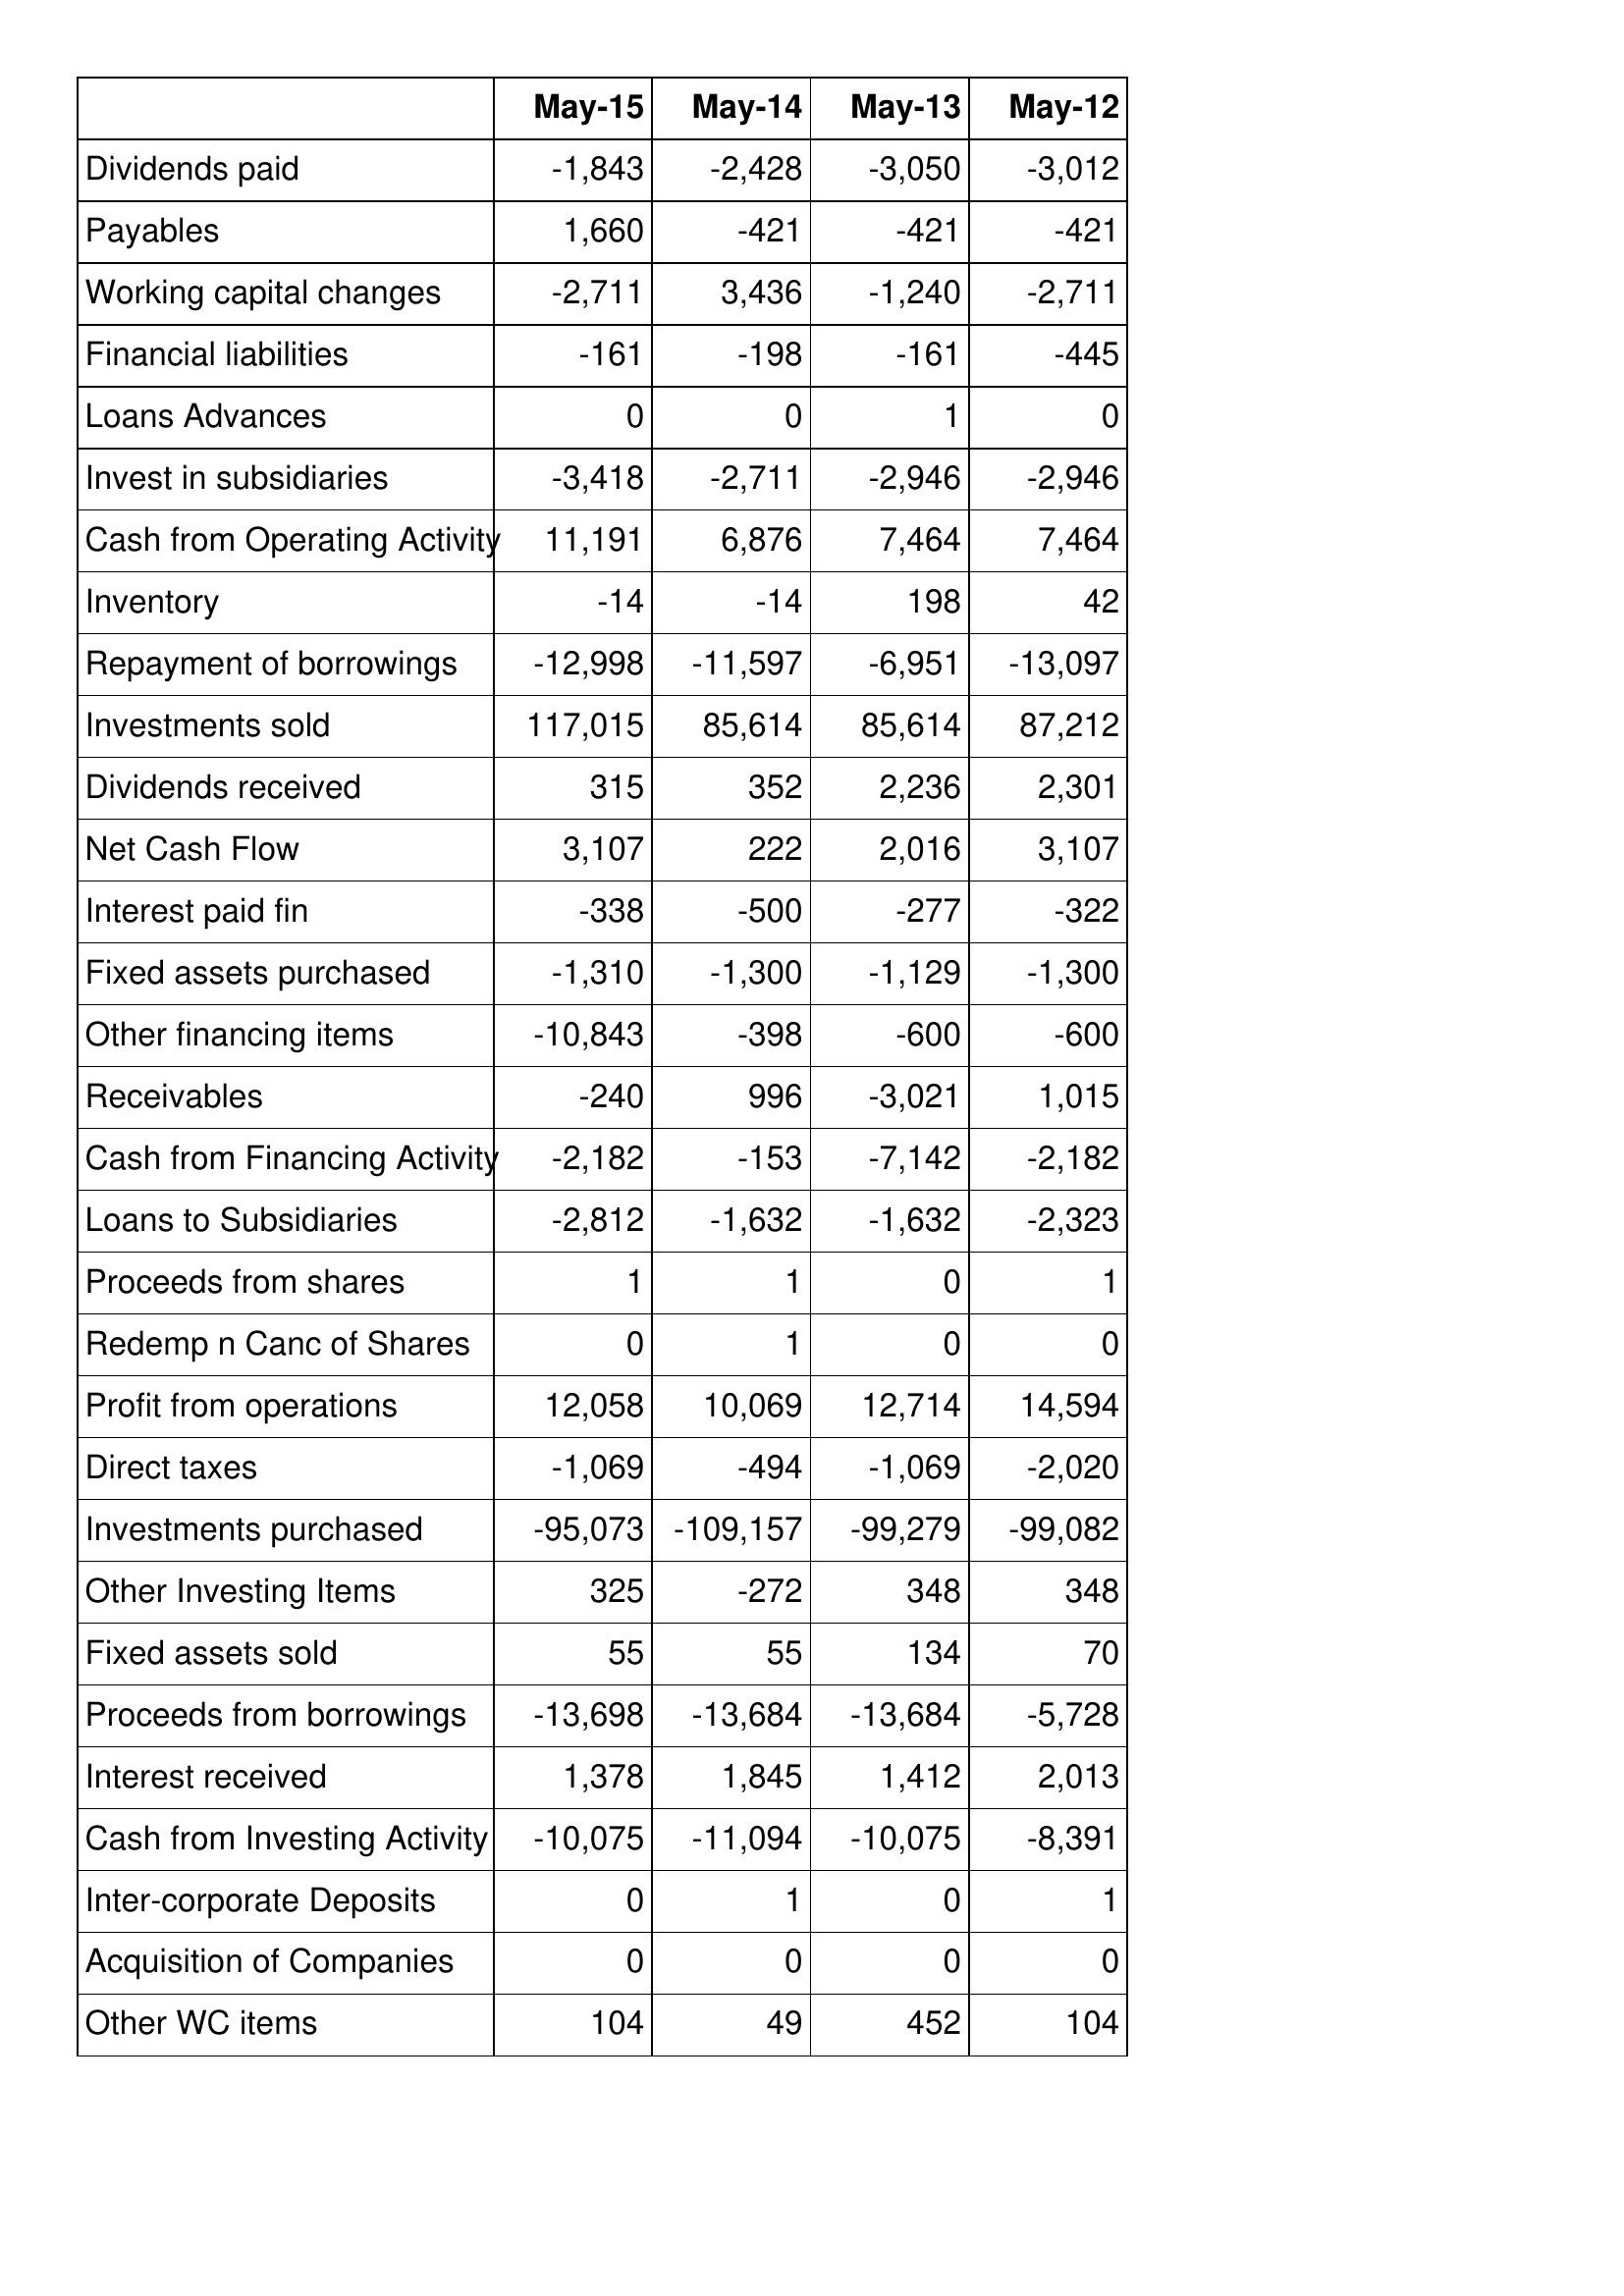
May-15: Cash Flows: Dividends paid: -1,843
Payables: 1,660
Working capital changes: -2,711
Financial liabilities: -161
Loans Advances: 0
Invest in subsidiaries: -3,418
Cash from Operating Activity: 11,191
Inventory: -14
Repayment of borrowings: -12,998
Investments sold: 117,015
Dividends received: 315
Net Cash Flow: 3,107
Interest paid fin: -338
Fixed assets purchased: -1,310
Other financing items: -10,843
Receivables: -240
Cash from Financing Activity: -2,182
Loans to Subsidiaries: -2,812
Proceeds from shares: 1
Redemp n Canc of Shares: 0
Profit from operations: 12,058
Direct taxes: -1,069
Investments purchased: -95,073
Other Investing Items: 325
Fixed assets sold: 55
Proceeds from borrowings: -13,698
Interest received: 1,378
Cash from Investing Activity: -10,075
Inter-corporate Deposits: 0
Acquisition of Companies: 0
Other WC items: 104
May-14: Cash Flows: Dividends paid: -2,428
Payables: -421
Working capital changes: 3,436
Financial liabilities: -198
Loans Advances: 0
Invest in subsidiaries: -2,711
Cash from Operating Activity: 6,876
Inventory: -14
Repayment of borrowings: -11,597
Investments sold: 85,614
Dividends received: 352
Net Cash Flow: 222
Interest paid fin: -500
Fixed assets purchased: -1,300
Other financing items: -398
Receivables: 996
Cash from Financing Activity: -153
Loans to Subsidiaries: -1,632
Proceeds from shares: 1
Redemp n Canc of Shares: 1
Profit from operations: 10,069
Direct taxes: -494
Investments purchased: -109,157
Other Investing Items: -272
Fixed assets sold: 55
Proceeds from borrowings: -13,684
Interest received: 1,845
Cash from Investing Activity: -11,094
Inter-corporate Deposits: 1
Acquisition of Companies: 0
Other WC items: 49
May-13: Cash Flows: Dividends paid: -3,050
Payables: -421
Working capital changes: -1,240
Financial liabilities: -161
Loans Advances: 1
Invest in subsidiaries: -2,946
Cash from Operating Activity: 7,464
Inventory: 198
Repayment of borrowings: -6,951
Investments sold: 85,614
Dividends received: 2,236
Net Cash Flow: 2,016
Interest paid fin: -277
Fixed assets purchased: -1,129
Other financing items: -600
Receivables: -3,021
Cash from Financing Activity: -7,142
Loans to Subsidiaries: -1,632
Proceeds from shares: 0
Redemp n Canc of Shares: 0
Profit from operations: 12,714
Direct taxes: -1,069
Investments purchased: -99,279
Other Investing Items: 348
Fixed assets sold: 134
Proceeds from borrowings: -13,684
Interest received: 1,412
Cash from Investing Activity: -10,075
Inter-corporate Deposits: 0
Acquisition of Companies: 0
Other WC items: 452
May-12: Cash Flows: Dividends paid: -3,012
Payables: -421
Working capital changes: -2,711
Financial liabilities: -445
Loans Advances: 0
Invest in subsidiaries: -2,946
Cash from Operating Activity: 7,464
Inventory: 42
Repayment of borrowings: -13,097
Investments sold: 87,212
Dividends received: 2,301
Net Cash Flow: 3,107
Interest paid fin: -322
Fixed assets purchased: -1,300
Other financing items: -600
Receivables: 1,015
Cash from Financing Activity: -2,182
Loans to Subsidiaries: -2,323
Proceeds from shares: 1
Redemp n Canc of Shares: 0
Profit from operations: 14,594
Direct taxes: -2,020
Investments purchased: -99,082
Other Investing Items: 348
Fixed assets sold: 70
Proceeds from borrowings: -5,728
Interest received: 2,013
Cash from Investing Activity: -8,391
Inter-corporate Deposits: 1
Acquisition of Companies: 0
Other WC items: 104